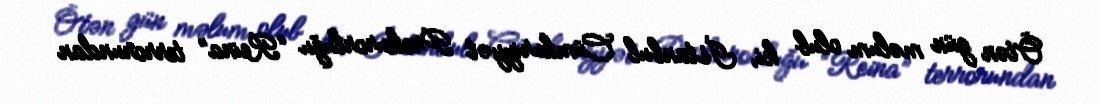
Ötən gün məlum olub ki, İstanbul Cümhuriyyət Prokurorluğu “Reina” terrorundan